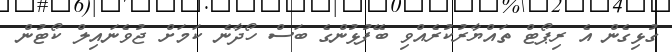
ގުޅިގެން އެ ރިޕޯޓް ތައްޔާރުކުރެއްވި ބޭފުޅުންގެ ބަސް ހޯދާނެ ކަމަށް ޖުވެނައިލް ކޯޓުން